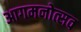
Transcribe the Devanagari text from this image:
आगमनोत्सव